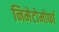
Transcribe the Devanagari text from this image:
निमेटोमोर्फा